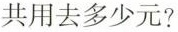
共用去多少元?